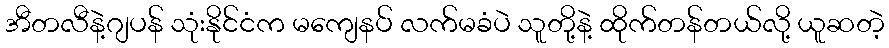
အီတလီနဲ့ဂျပန် သုံးနိုင်ငံက မကျေနပ် လက်မခံပဲ သူတို့နဲ့ ထိုက်တန်တယ်လို့ ယူဆတဲ့